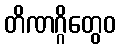
တိဏဂ္ဂိတွေဝ